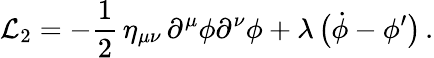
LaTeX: {\cal L}_{2}=-{\frac{1}{2}}\, \eta_{\mu\nu}\, \partial^{\mu}\phi\partial^{\nu}\phi+\lambda\, \bigl(\dot{\phi}-\phi^{\prime}\bigr)\, .